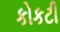
કોકટી